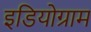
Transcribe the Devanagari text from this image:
इडियोग्राम